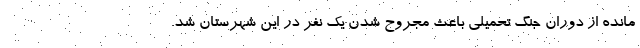
مانده از دوران جنگ تحمیلی باعث مجروح شدن یک نفر در این شهرستان شد.